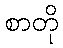
စာတို